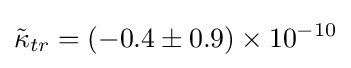
{\tilde {\kappa }}_{tr}=(-0.4\pm 0.9)\times 10^{-10}